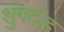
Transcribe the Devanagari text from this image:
शुंगदंड